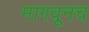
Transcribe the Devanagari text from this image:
मागवूनच